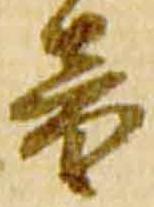
音